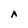
Character: A